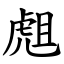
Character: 䖕